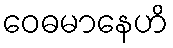
ဝေဓမာနေဟိ